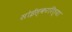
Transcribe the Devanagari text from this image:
सोईस्कररित्या